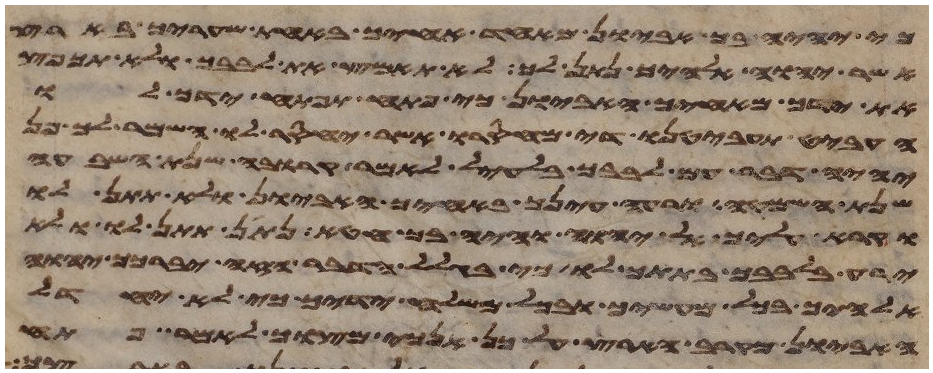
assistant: כי יהיה בך אביון מאחד אחיך באחת שעריך בארץ
אשר יהוה אלהיך נתן לך לא תאמץ את לבבך ולא תכפץ
את ידך מאחיך האביון כי פתח תפתח ידך לו
העביט תעביטנו די מחסרו אשר יחסר לו השמר לך פן
יהיה דבר עם לבבך בלעיל לאמר קרובה שנת השבעה
שנת השמטה ורעה עינך באחיך האביון ולא תתן לו
וקרא עליך אל יהוה והיה בך חטא נתן תתן לו ולא
ירע בלבבך בתתך לו כי בגלל הדבר הזה יברכך יהוה
אלהיך בכל מעשיך ובכל משלח ידיך כי לא יחדל
האביון מקרב הארץ על כן אנכי מצוך לאמר פתח